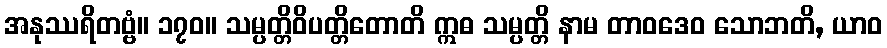
အနုဿရိတဗ္ဗံ။ ၁၇၀။ သမ္ပတ္တိဝိပတ္တိတောတိ ဣဓ သမ္ပတ္တိ နာမ တာဝဒေဝ သောဘတိ, ယာဝ